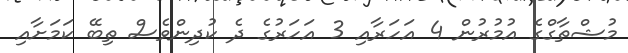
މުޝްތާގްގެ އުމުރުން 4 އަހަރާއި 3 އަހަރުގެ ދެ ކުދިންވެސް ތިބޭ ކަމަށާއި